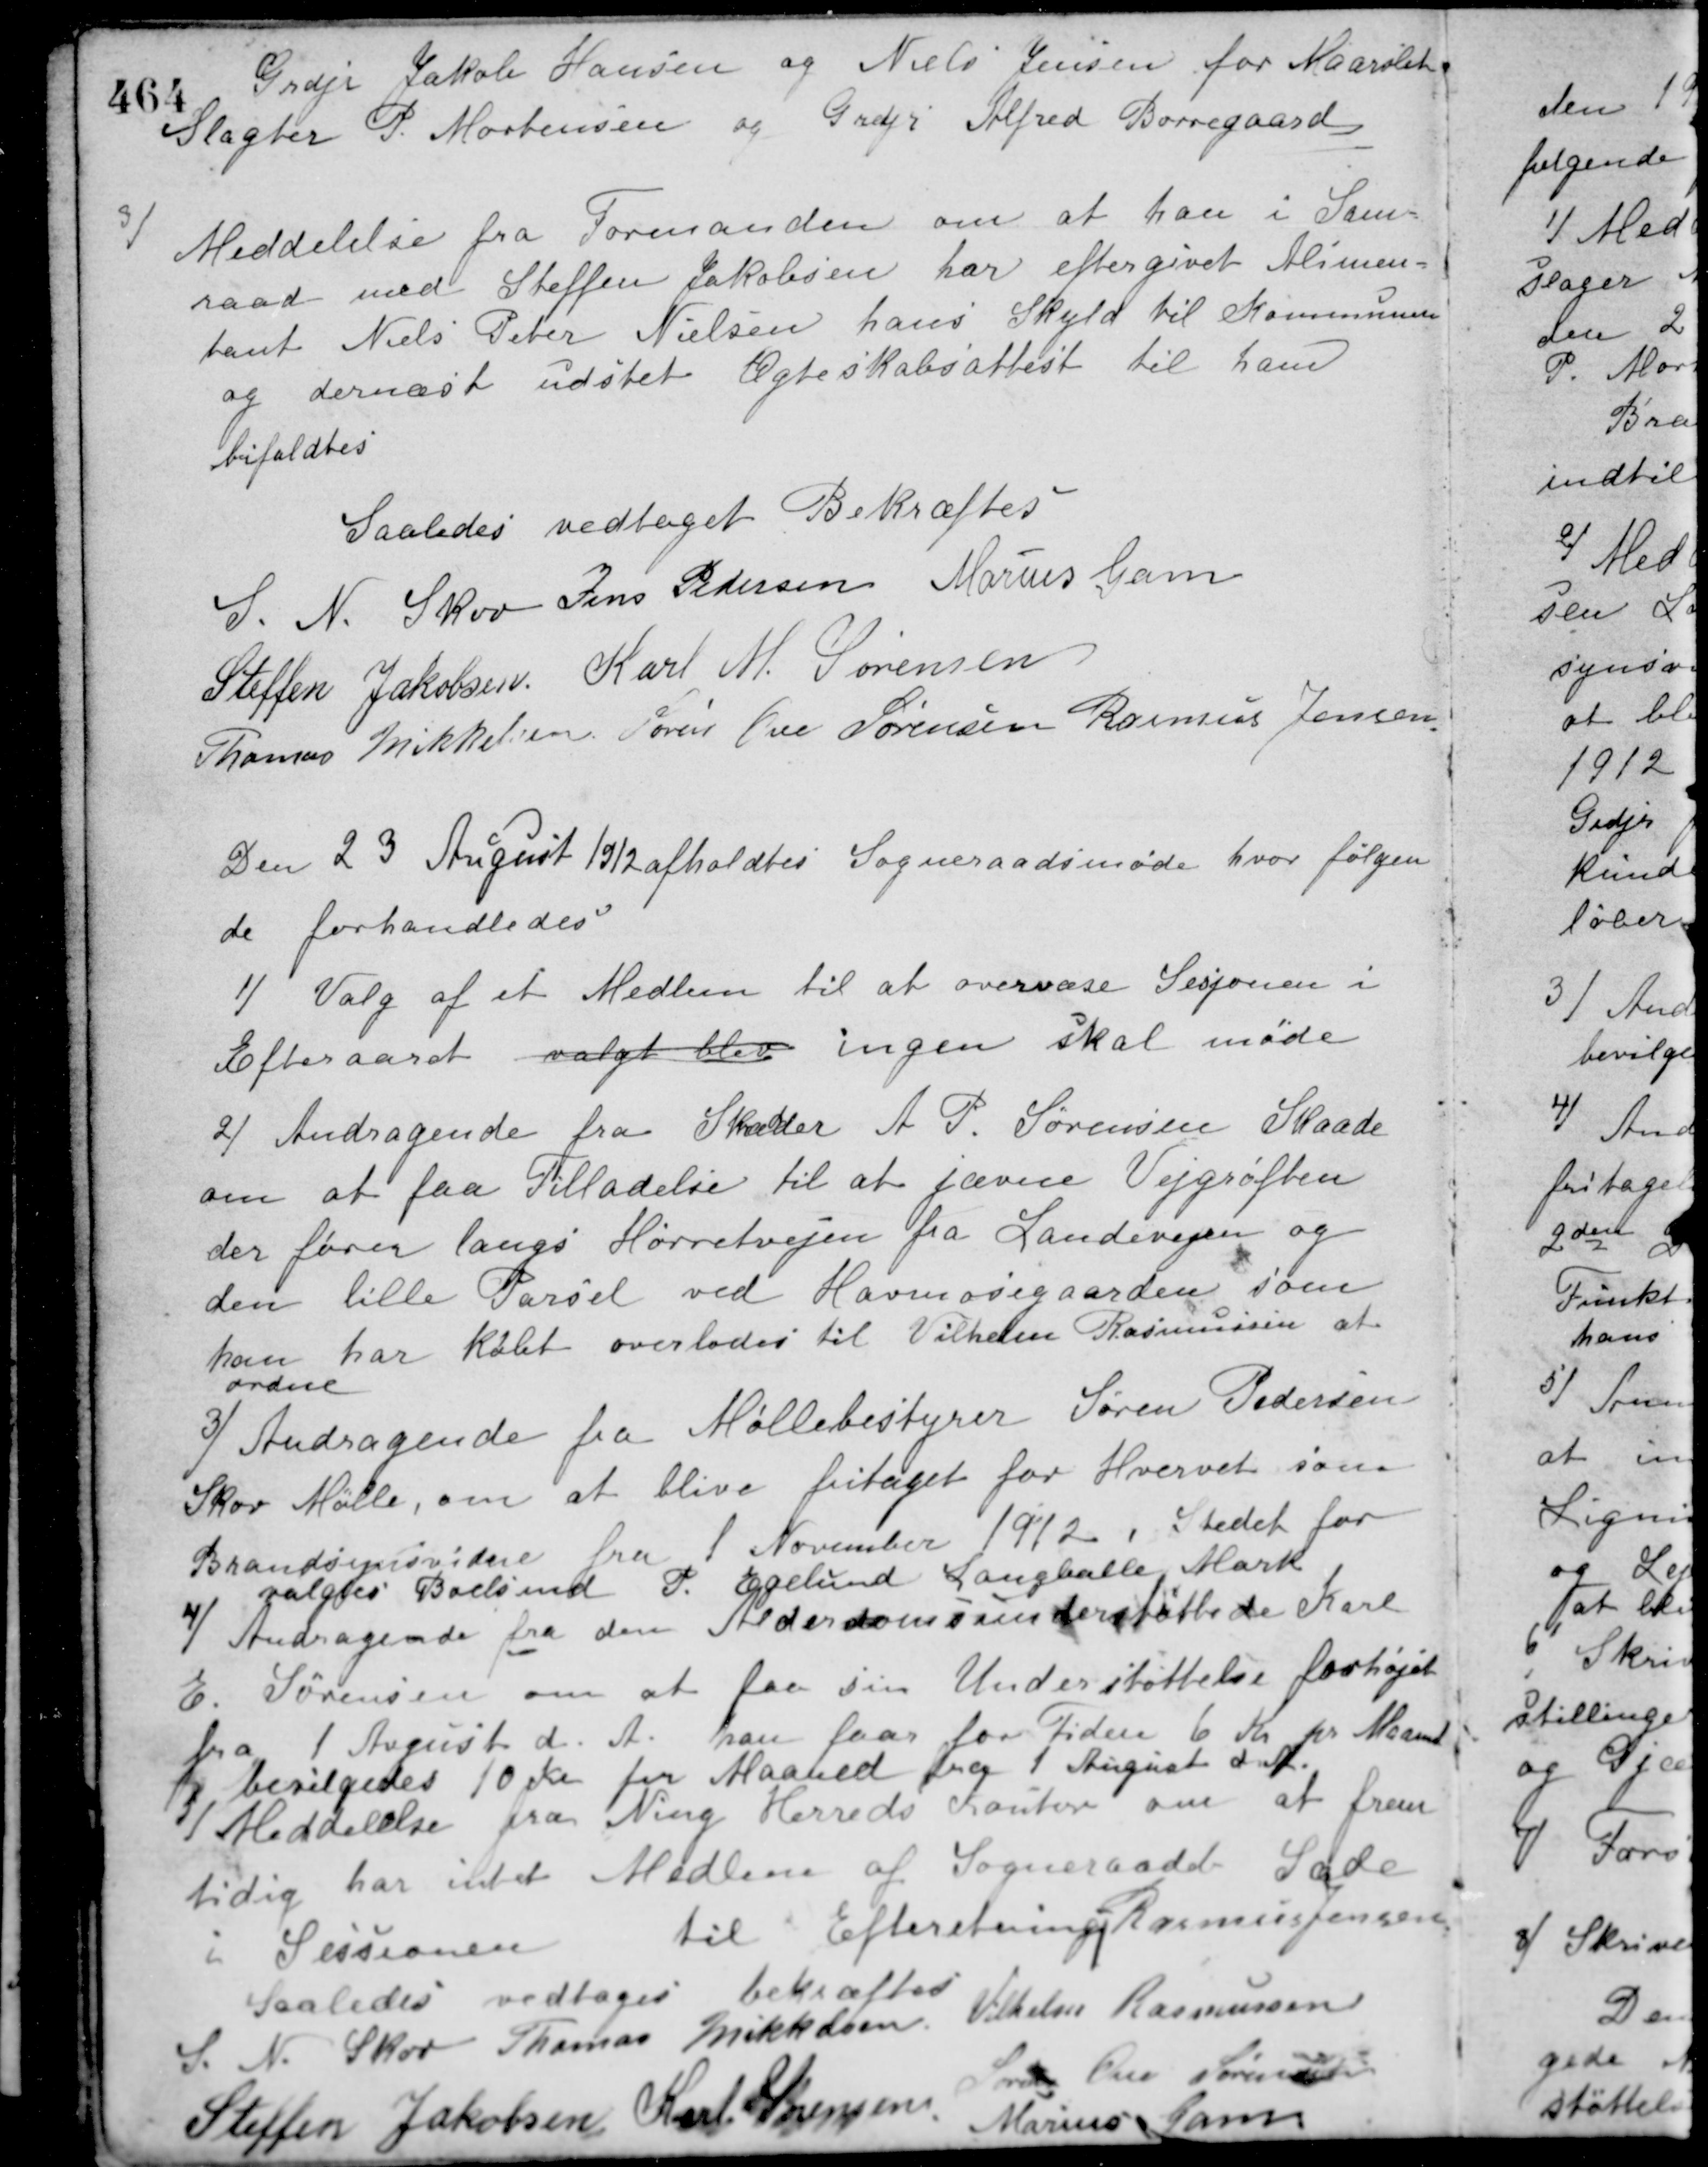
Transskription:
Grdjr. Jakob Hansen og Niels Jensen for Maarslet
Slagter P. Mortensen og Grdjr. Alfred Borregaard.
3/
Meddelelse fra Formanden om at han i Sam-
raad med Steffen Jakobsen har eftergivet Alimen-
tant Niels Peter Nielsen hans Skyld til Kommunen
og dernæst udstet Ægteskabsattest til ham
bifaldtes.
Saaledes vedtaget Bekræftes
S. N. Skov Jens Pedersen Marius Gam
Steffen Jakobsen Karl M. Sørensen
Thomas Mikkelsen Søren Ove Sørensen Rasmus Jensen
Den 23 August 1912 afholdtes Sogneraadsmøde hvor følgen-
de forhandledes
1/ Valg af et Medlem til at overvære Sesjonen i
Efteraaret valgt blev ingen skal møde.
2/ Andragende fra Skrædder A. P. Sørensen Skaade
om at faa Tilladelse til at jævne Vejgrøften
der fører langs Hørretvejen fra Landevejen og
den lille Parcel ved Havmosegaarden som
han har købt overlodes til Vilhelm Rasmussen at
ordne.
3/ Andragende fra Møllebestyrer Søren Pedersen
Skov Mølle, om at blive fritaget for Hvervet som
Brandsynsvidne fra 1 November 1912 i Stedet for
valgtes Boelsmd. P. Egelund Langballe Mark.
4/ Andragende fra den Alderdomsunderstøttede Karl
E. Sørensen om at faa sin Understøttelse forhøjet
fra 1 August d. A. han faar for Tiden 6 Kr. pr. Maaned
og bevilgedes 10 Kr. for Maaned fra 1 August d. A.
5/ Meddelelse fra Ning Herreds Kontor om at frem-
tidig har intet Medlem af Sogneraadets Sæde
i Sessionen
til Efteretning
Saaledes vedtaget bekræftes
S. N. Skov Thomas Mikkelsen Vilhelm Rasmussen
Rasmus Jensen
Steffen Jakobsen Karl Sørensen
Svend Ove Sørensen
Marius Gam